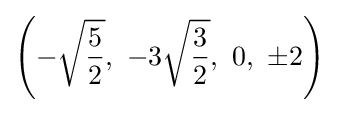
\left(-{\sqrt {\frac {5}{2}}},\ -3{\sqrt {\frac {3}{2}}},\ 0,\ \pm 2\right)